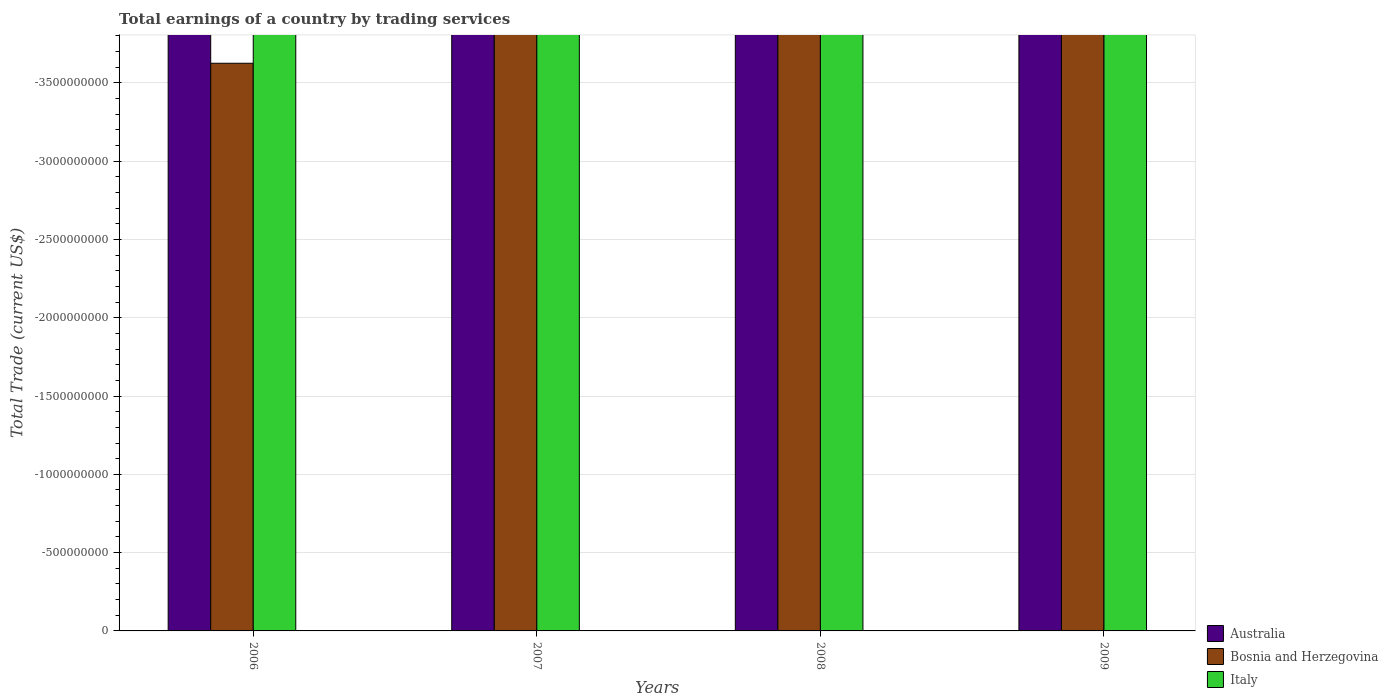
| Years | Australia | Bosnia and Herzegovina | Italy |
 | --- | --- | --- | --- |
 | 2006 | -1.23e+10 | -3.62e+09 | -1.4e+10 |
 | 2007 | -2.28e+10 | -4.66e+09 | -5.08e+09 |
 | 2008 | -1.37e+10 | -6.23e+09 | -1.95e+10 |
 | 2009 | -1e+10 | -4.19e+09 | -1.26e+10 |